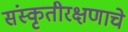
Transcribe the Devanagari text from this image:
संस्कृतीरक्षणाचे